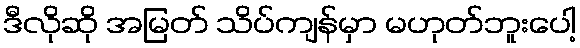
ဒီလိုဆို အမြတ် သိပ်ကျန်မှာ မဟုတ်ဘူးပေါ့